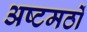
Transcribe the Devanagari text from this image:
अष्टमठों